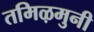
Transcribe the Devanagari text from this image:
तमिऴमुनी